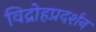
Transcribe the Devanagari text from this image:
विद्रोहप्रदर्शन